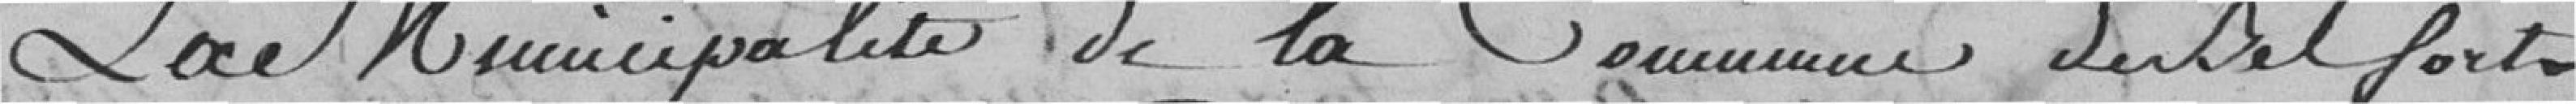
La municipalité de la commune de Belfort